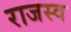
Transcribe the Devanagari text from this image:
राजस्व